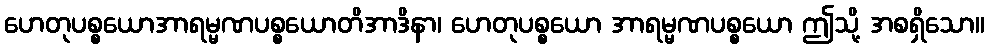
ဟေတုပစ္စယောအာရမ္မဏပစ္စယောတိအာဒိနာ၊ ဟေတုပစ္စယော အာရမ္မဏပစ္စယော ဤသို့ အစရှိသော။